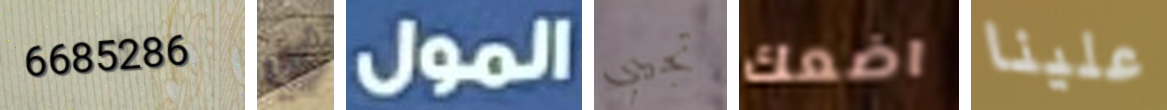
6685286 أي المول تجيبي اضعك علينا